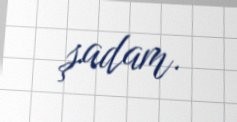
şadam.